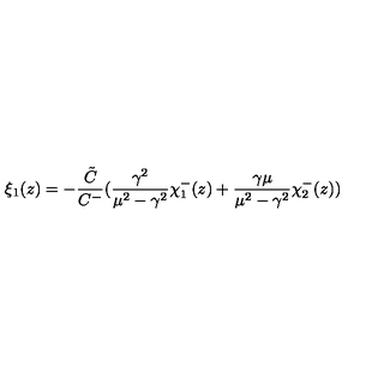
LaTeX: \xi _ { 1 } ( z ) = - \frac { \tilde { C } } { C ^ { - } } ( \frac { \gamma ^ { 2 } } { \mu ^ { 2 } - \gamma ^ { 2 } } \chi _ { 1 } ^ { - } ( z ) + \frac { \gamma \mu } { \mu ^ { 2 } - \gamma ^ { 2 } } \chi _ { 2 } ^ { - } ( z ) )